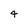
Character: 4